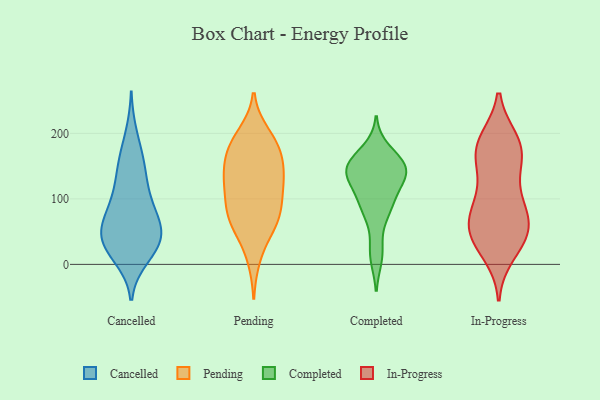
{"axis": {"x": "Gross Profit (USD K)", "y": "Value"}, "legend": ["Cancelled", "Completed", "In-Progress", "Pending"], "data": [{"x": "", "y": 110, "type": "Cancelled"}, {"x": "", "y": 123, "type": "Cancelled"}, {"x": "", "y": 100, "type": "Cancelled"}, {"x": "", "y": 22, "type": "Cancelled"}, {"x": "", "y": 10, "type": "Cancelled"}, {"x": "", "y": 88, "type": "Cancelled"}, {"x": "", "y": 44, "type": "Cancelled"}, {"x": "", "y": 69, "type": "Cancelled"}, {"x": "", "y": 73, "type": "Cancelled"}, {"x": "", "y": 52, "type": "Cancelled"}, {"x": "", "y": 161, "type": "Cancelled"}, {"x": "", "y": 33, "type": "Cancelled"}, {"x": "", "y": 200, "type": "Cancelled"}, {"x": "", "y": 44, "type": "Cancelled"}, {"x": "", "y": 147, "type": "Cancelled"}, {"x": "", "y": 159, "type": "Cancelled"}, {"x": "", "y": 57, "type": "Cancelled"}, {"x": "", "y": 16, "type": "Cancelled"}, {"x": "", "y": 27, "type": "Cancelled"}, {"x": "", "y": 51, "type": "Cancelled"}, {"x": "", "y": 81, "type": "Pending"}, {"x": "", "y": 11, "type": "Pending"}, {"x": "", "y": 183, "type": "Pending"}, {"x": "", "y": 88, "type": "Pending"}, {"x": "", "y": 114, "type": "Pending"}, {"x": "", "y": 67, "type": "Pending"}, {"x": "", "y": 172, "type": "Pending"}, {"x": "", "y": 75, "type": "Pending"}, {"x": "", "y": 139, "type": "Pending"}, {"x": "", "y": 179, "type": "Pending"}, {"x": "", "y": 128, "type": "Pending"}, {"x": "", "y": 66, "type": "Pending"}, {"x": "", "y": 123, "type": "Pending"}, {"x": "", "y": 198, "type": "Pending"}, {"x": "", "y": 51, "type": "Pending"}, {"x": "", "y": 183, "type": "Pending"}, {"x": "", "y": 135, "type": "Pending"}, {"x": "", "y": 147, "type": "Pending"}, {"x": "", "y": 92, "type": "Completed"}, {"x": "", "y": 95, "type": "Completed"}, {"x": "", "y": 174, "type": "Completed"}, {"x": "", "y": 83, "type": "Completed"}, {"x": "", "y": 78, "type": "Completed"}, {"x": "", "y": 150, "type": "Completed"}, {"x": "", "y": 158, "type": "Completed"}, {"x": "", "y": 131, "type": "Completed"}, {"x": "", "y": 138, "type": "Completed"}, {"x": "", "y": 117, "type": "Completed"}, {"x": "", "y": 12, "type": "Completed"}, {"x": "", "y": 148, "type": "Completed"}, {"x": "", "y": 146, "type": "Completed"}, {"x": "", "y": 20, "type": "Completed"}, {"x": "", "y": 152, "type": "Completed"}, {"x": "", "y": 146, "type": "Completed"}, {"x": "", "y": 136, "type": "Completed"}, {"x": "", "y": 92, "type": "In-Progress"}, {"x": "", "y": 104, "type": "In-Progress"}, {"x": "", "y": 65, "type": "In-Progress"}, {"x": "", "y": 189, "type": "In-Progress"}, {"x": "", "y": 150, "type": "In-Progress"}, {"x": "", "y": 47, "type": "In-Progress"}, {"x": "", "y": 44, "type": "In-Progress"}, {"x": "", "y": 167, "type": "In-Progress"}, {"x": "", "y": 181, "type": "In-Progress"}, {"x": "", "y": 80, "type": "In-Progress"}, {"x": "", "y": 55, "type": "In-Progress"}, {"x": "", "y": 17, "type": "In-Progress"}, {"x": "", "y": 178, "type": "In-Progress"}, {"x": "", "y": 34, "type": "In-Progress"}, {"x": "", "y": 189, "type": "In-Progress"}, {"x": "", "y": 85, "type": "In-Progress"}, {"x": "", "y": 42, "type": "In-Progress"}, {"x": "", "y": 152, "type": "In-Progress"}]}